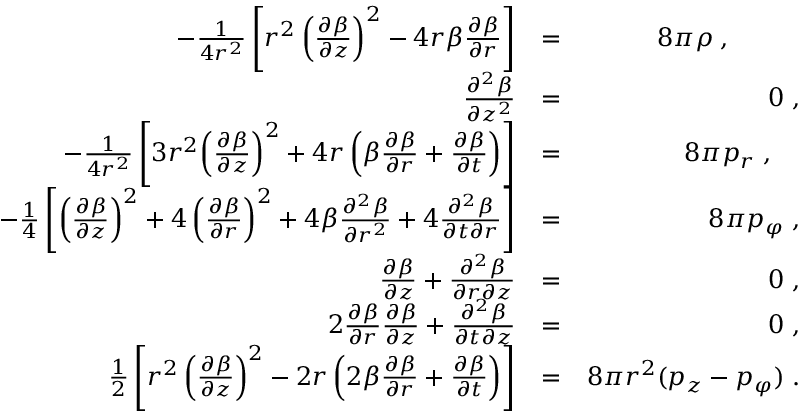
\begin{array} { r l r } { - \frac { 1 } { 4 r ^ { 2 } } \left[ r ^ { 2 } \left( \frac { \partial \beta } { \partial z } \right) ^ { 2 } - 4 r \beta \frac { \partial \beta } { \partial r } \right] } & { = } & { 8 \pi \rho \; , \; \; \; \; \; \; \; \; \; \; } \\ { \frac { \partial ^ { 2 } \beta } { \partial z ^ { 2 } } } & { = } & { 0 \; , } \\ { - \frac { 1 } { 4 r ^ { 2 } } \left[ 3 r ^ { 2 } \! \left( \frac { \partial \beta } { \partial z } \right) ^ { 2 } + 4 r \left( \beta \frac { \partial \beta } { \partial r } + \frac { \partial \beta } { \partial t } \right) \right] } & { = } & { 8 \pi p _ { r } \; , \; \; \; \; } \\ { - \frac { 1 } { 4 } \left[ \left( \frac { \partial \beta } { \partial z } \right) ^ { 2 } + 4 \left( \frac { \partial \beta } { \partial r } \right) ^ { 2 } + 4 \beta \frac { \partial ^ { 2 } \beta } { \partial r ^ { 2 } } + 4 \frac { \partial ^ { 2 } \beta } { \partial t \partial r } \right] } & { = } & { 8 \pi p _ { \varphi } \; , } \\ { \frac { \partial \beta } { \partial z } + \frac { \partial ^ { 2 } \beta } { \partial r \partial z } } & { = } & { 0 \; , } \\ { 2 \frac { \partial \beta } { \partial r } \frac { \partial \beta } { \partial z } + \frac { \partial ^ { 2 } \beta } { \partial t \partial z } } & { = } & { 0 \; , } \\ { \frac { 1 } { 2 } \left[ r ^ { 2 } \left( \frac { \partial \beta } { \partial z } \right) ^ { 2 } - 2 r \left( 2 \beta \frac { \partial \beta } { \partial r } + \frac { \partial \beta } { \partial t } \right) \right] } & { = } & { 8 \pi r ^ { 2 } ( p _ { z } - p _ { \varphi } ) \; . } \end{array}